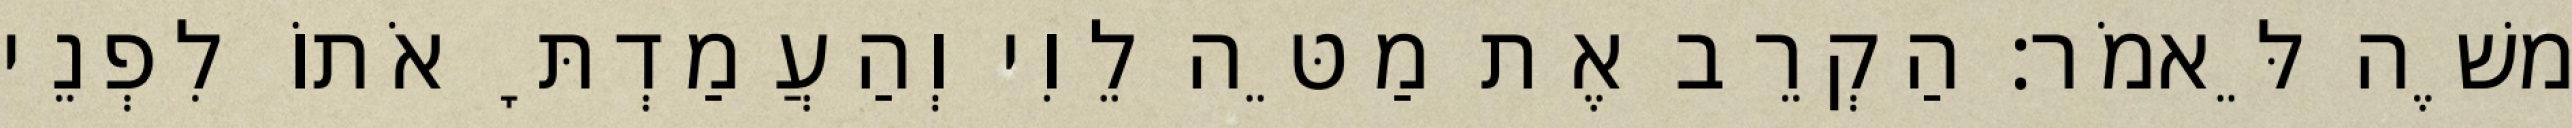
משֶׁה לֵּאמֹר׃ הַקְרֵב אֶת מַטֵּה לֵוִי וְהַעֲמַדְתָּ אֹתוֹ לִפְנֵי